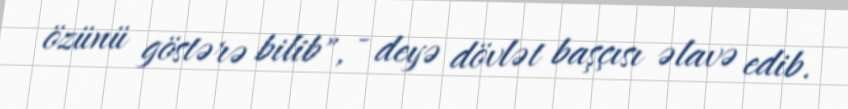
özünü göstərə bilib", - deyə dövlət başçısı əlavə edib.